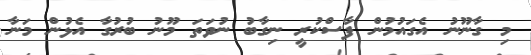
މި ގާނޫނު އެގައުމުން ފާސްކުރީ ނިގާބު ނުވަތަ މޫނު ބުރުގާ އެޅުން މަނާ